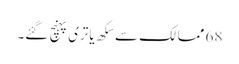
68 ممالک سے سِکھ یاتری پہنچ گئے۔